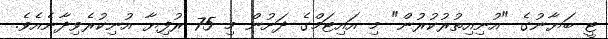
ޓީ ބަޔާނުގެ "އުނިއިތުރުކުރުން" މި އައިޓަމްގެ ދަށުން މި 75 ރުފިޔާ އުނިކުރެވިދާނެއެވެ.